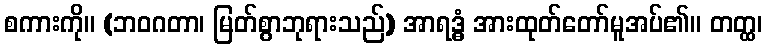
စကားကို။ (ဘဝဂတာ၊ မြတ်စွာဘုရားသည်) အာရဒ္ဓံ အားထုတ်တော်မူအပ်၏။ တတ္ထ၊